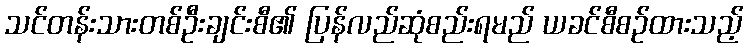
သင်တန်းသားတစ်ဦးချင်းစီ၏ ပြန်လည်ဆုံစည်းရမည် ယခင်စီစဉ်ထားသည့်